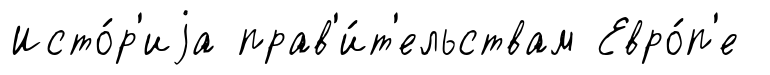
Исто́р'иjа прав'и́т'ельствам Евро́п'е